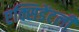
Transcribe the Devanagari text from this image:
एक्सिडेंटली